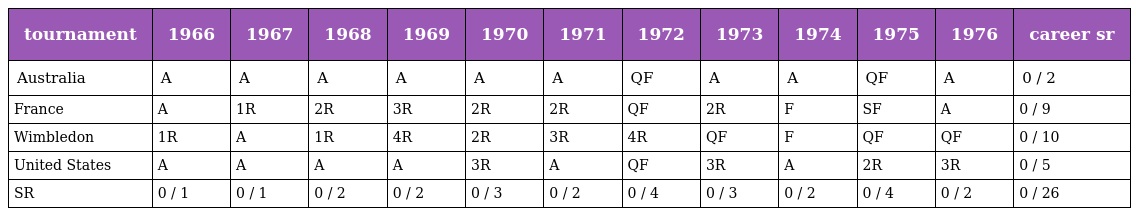
| tournament | 1966 | 1967 | 1968 | 1969 | 1970 | 1971 | 1972 | 1973 | 1974 | 1975 | 1976 | career sr |
 | --- | --- | --- | --- | --- | --- | --- | --- | --- | --- | --- | --- | --- |
 | Australia | A | A | A | A | A | A | QF | A | A | QF | A | 0 / 2 |
 | France | A | 1R | 2R | 3R | 2R | 2R | QF | 2R | F | SF | A | 0 / 9 |
 | Wimbledon | 1R | A | 1R | 4R | 2R | 3R | 4R | QF | F | QF | QF | 0 / 10 |
 | United States | A | A | A | A | 3R | A | QF | 3R | A | 2R | 3R | 0 / 5 |
 | SR | 0 / 1 | 0 / 1 | 0 / 2 | 0 / 2 | 0 / 3 | 0 / 2 | 0 / 4 | 0 / 3 | 0 / 2 | 0 / 4 | 0 / 2 | 0 / 26 |